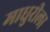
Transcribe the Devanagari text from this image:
माधुरीला